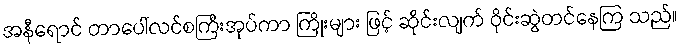
အနီရောင် တာပေါ်လင်စကြီးအုပ်ကာ ကြိုးများ ဖြင့် ဆိုင်းလျက် ဝိုင်းဆွဲတင်နေကြ သည်။